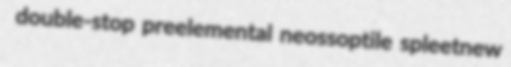
double-stop preelemental neossoptile spleetnew